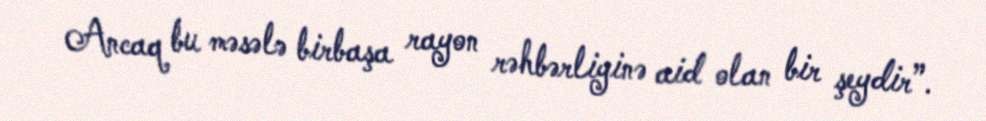
Ancaq bu məsələ birbaşa rayon rəhbərliyinə aid olan bir şeydir”.